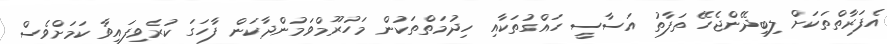
އެފަރާތްތަކަށް ލިބިދޭންޖެހޭ ތަފާތު އަސާސީ ހައްގުތަކާއި ހިދުމަތްތަކުން މަހުރޫމްވަމުންދާކަން ފާހަގަ ކުރެވިފައިވާ ކަމަށްވެސް